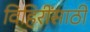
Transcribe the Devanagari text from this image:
विहिरींसाठी